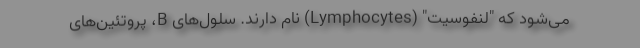
می‌شود که "لنفوسیت" (Lymphocytes) نام دارند. سلول‌های B، پروتئین‌های